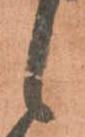
候